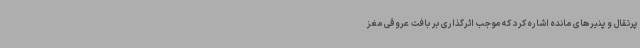
پرتقال و پنیرهای مانده اشاره کرد که موجب اثرگذاری بر بافت عروقی مغز